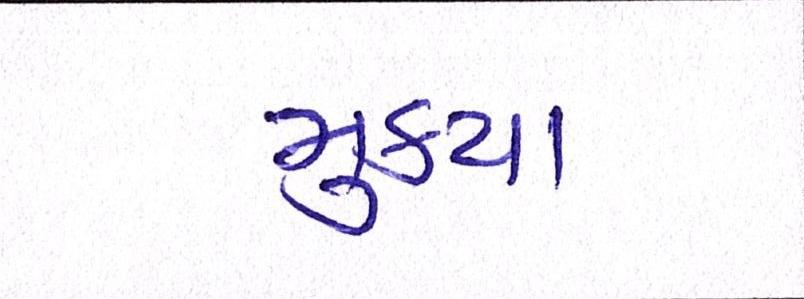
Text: મુકયા